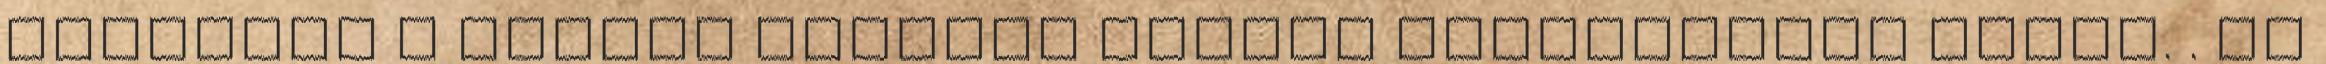
megkapta a kamara Baranya Megyei Szakképzési Díját. . de